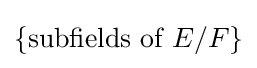
\{{\text{subfields of }}E/F\}